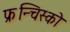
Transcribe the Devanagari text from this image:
फ्रन्चिस्को